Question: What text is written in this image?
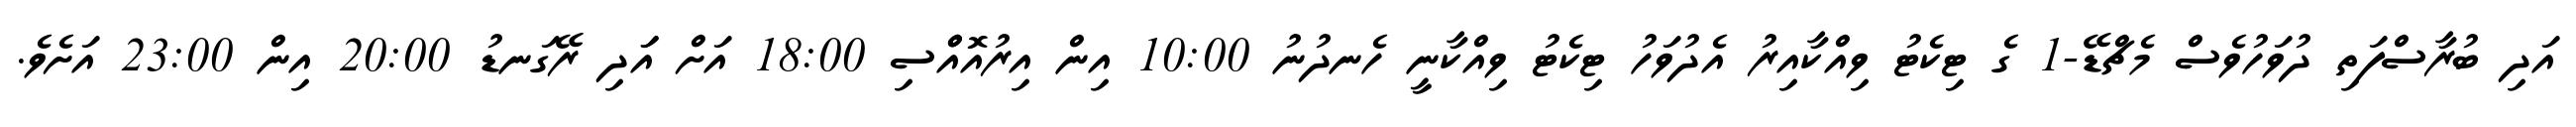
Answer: އަދި ބުރާސްފަތި ދުވަހުވެސް މެޗްޑޭ-1 ގެ ޓިކެޓު ވިއްކާއިރު އެދުވަހު ޓިކެޓު ވިއްކާނީ ހެނދުނު 10:00 އިން އިރުއޮއްްސި 18:00 އަށް އަަދި ރޭގަނޑު 20:00 އިން 23:00 އަށެވެ.